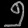
Digit: ၅